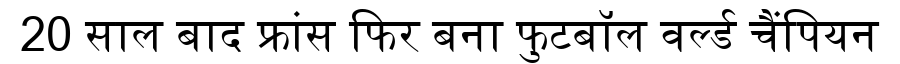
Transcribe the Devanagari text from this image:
20 साल बाद फ्रांस फिर बना फुटबॉल वर्ल्ड चैंपियन